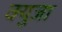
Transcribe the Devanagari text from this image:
क्युजा